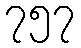
၇၅၇